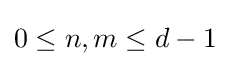
0\leq n,m\leq d-1